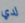
لدي